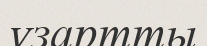
ұзартты